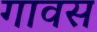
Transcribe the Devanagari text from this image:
गावस